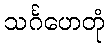
သင်္ဂဟေတုံ